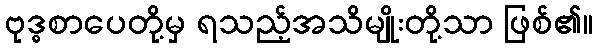
ဗုဒ္ဓစာပေတို့မှ ရသည့်အသိမျိုးတို့သာ ဖြစ်၏။